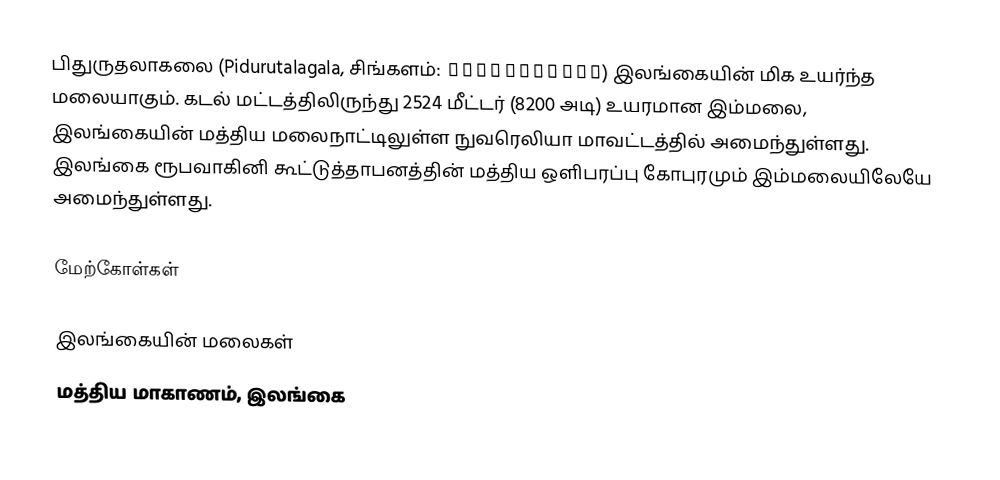
பிதுருதலாகலை (Pidurutalagala, சிங்களம்: පිදුරුතලාගල) இலங்கையின் மிக உயர்ந்த மலையாகும். கடல் மட்டத்திலிருந்து 2524 மீட்டர் (8200 அடி) உயரமான இம்மலை, இலங்கையின் மத்திய மலைநாட்டிலுள்ள நுவரெலியா மாவட்டத்தில் அமைந்துள்ளது. இலங்கை ரூபவாகினி கூட்டுத்தாபனத்தின் மத்திய ஒளிபரப்பு கோபுரமும் இம்மலையிலேயே அமைந்துள்ளது.

மேற்கோள்கள்

இலங்கையின் மலைகள்
மத்திய மாகாணம், இலங்கை